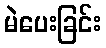
မဲပေးခြင်း